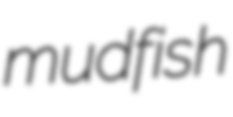
mudfish